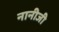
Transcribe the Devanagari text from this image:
नानीजी